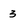
Character: 3